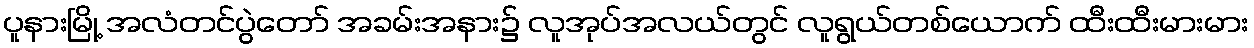
ပူနားမြို့ အလံတင်ပွဲတော် အခမ်းအနား၌ လူအုပ်အလယ်တွင် လူရွယ်တစ်ယောက် ထီးထီးမားမား